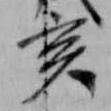
亥